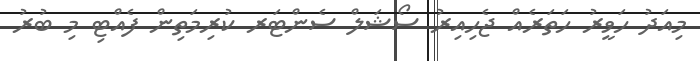
މިއަދު ހަވީރު ހަތަރެއް ޖެހިއިރު ސޯޝަލް ސެންޓަރ ކުރިމަތިން ފެއްޓި މި ބުރު